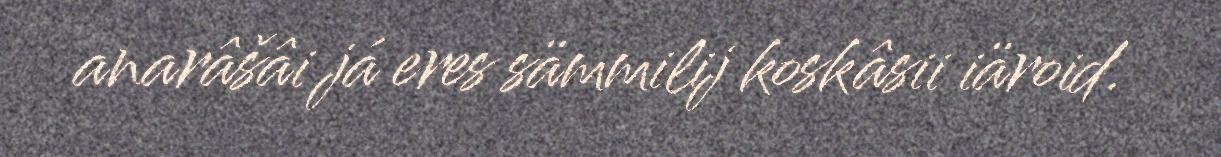
anarâšâi já eres sämmilij koskâsii iäroid.